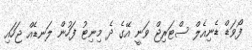
ފޯވަޑް ޑެނިއެލް ސްޓަރިޖް ވަނީ އޭގެ ދެ މިނިޓު ފަހުން ލަނޑެއް ޖަހައި